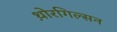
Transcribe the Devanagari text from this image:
थ़ोरगिल्सन